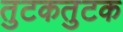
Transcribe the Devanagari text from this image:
तुटकतुटक